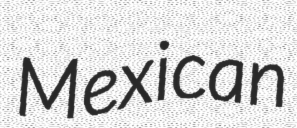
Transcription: Mexican